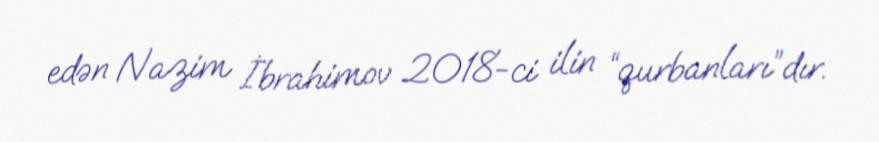
edən Nazim İbrahimov 2018-ci ilin “qurbanları”dır.